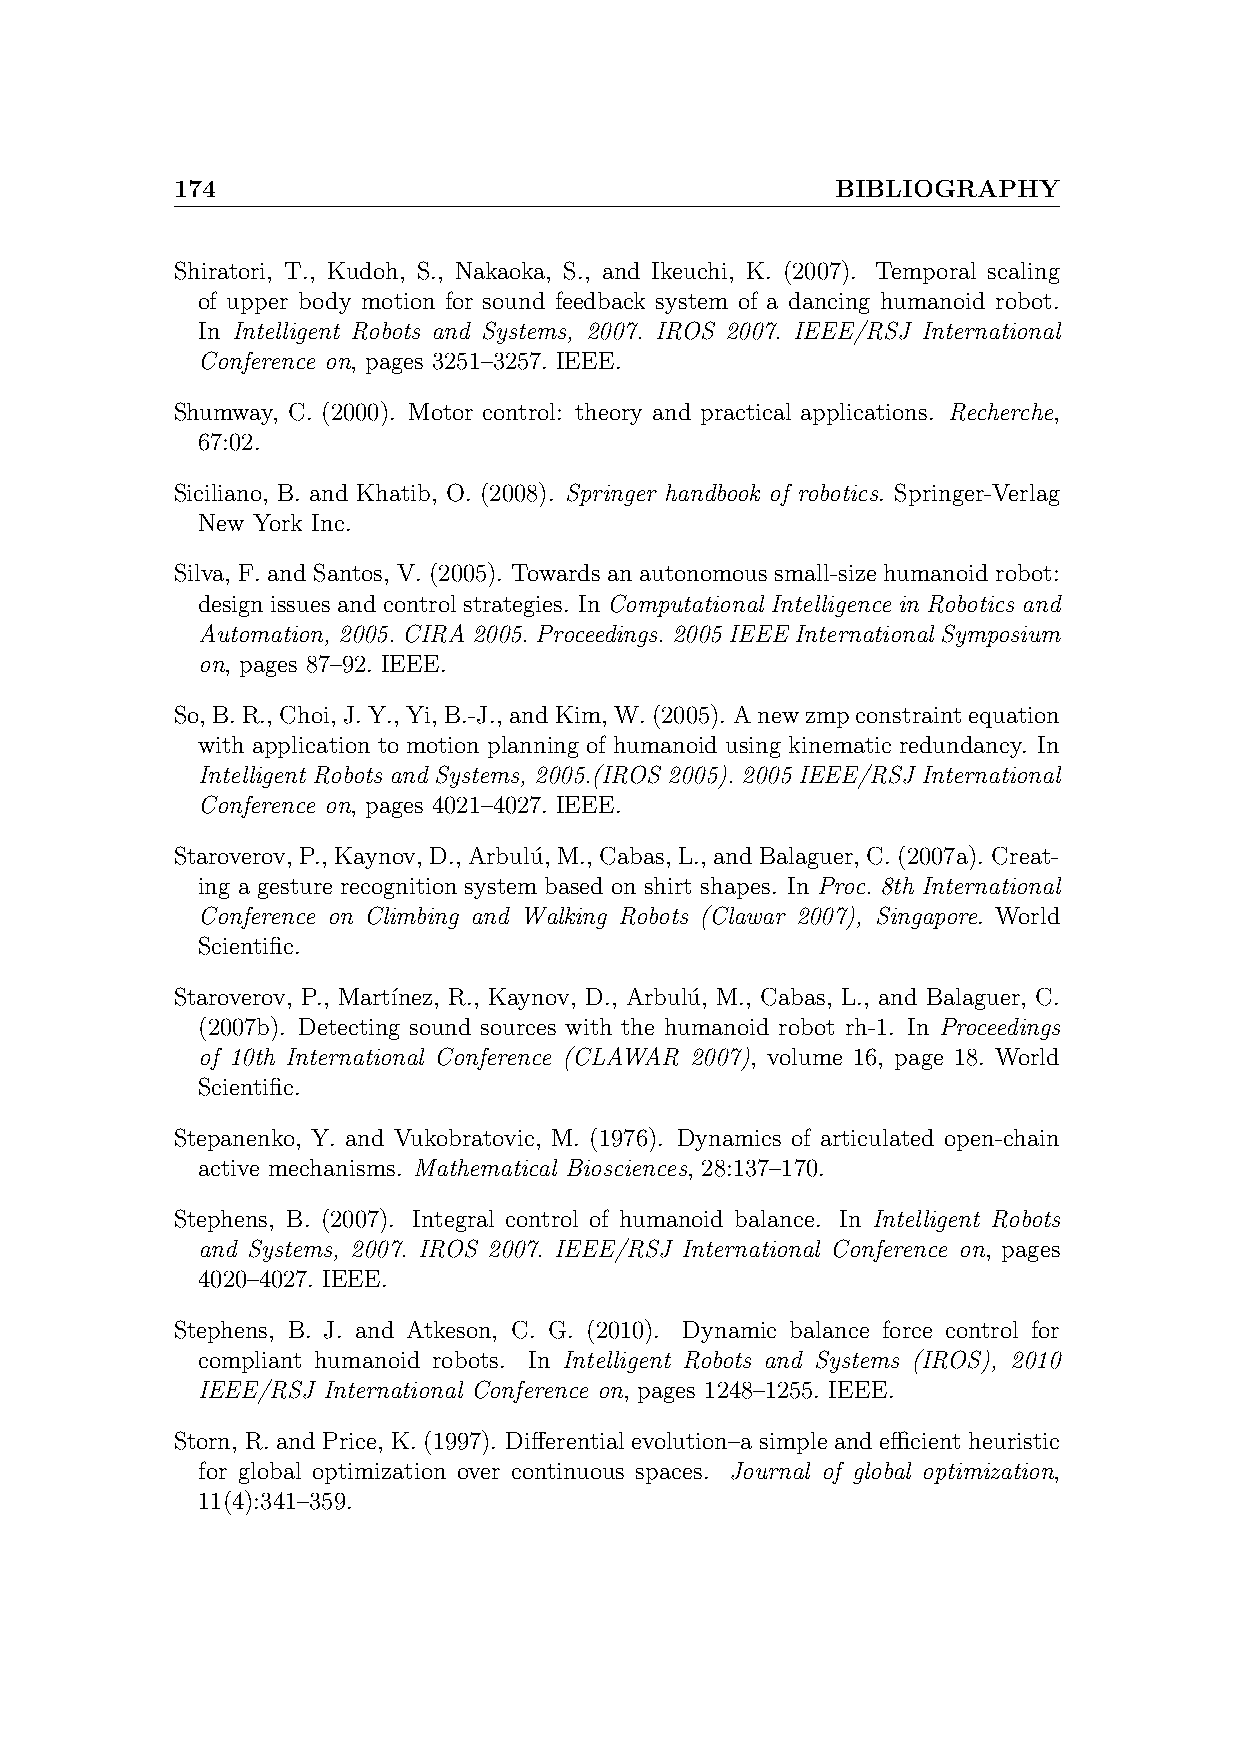
174                                         BIBLIOGRAPHY
 Shiratori, T., Kudoh, S., Nakaoka, S., and Ikeuchi, K. (2007). Temporal scaling
 of upper body motion for sound feedback system of a dancing humanoid robot.
 In Intelligent Robots and Systems, 2007. IROS 2007. IEEE/RSJ International
 Conference on, pages 3251–3257. IEEE.
 Shumway, C. (2000). Motor control: theory and practical applications. Recherche,
 67:02.
 Siciliano, B. and Khatib, O. (2008). Springer handbook of robotics. Springer-Verlag
 New York Inc.
 Silva, F. and Santos, V. (2005). Towards an autonomous small-size humanoid robot:
 design issues and control strategies. In Computational Intelligence in Robotics and
 Automation, 2005. CIRA 2005. Proceedings. 2005 IEEE International Symposium
 on, pages 87–92. IEEE.
 So, B.R., Choi, J.Y., Yi, B.-J., andKim, W.(2005). Anewzmpconstraintequation
 with application to motion planning of humanoid using kinematic redundancy. In
 Intelligent Robots and Systems, 2005.(IROS 2005). 2005 IEEE/RSJ International
 Conference on, pages 4021–4027. IEEE.
 Staroverov, P., Kaynov, D., Arbulu´, M., Cabas, L., andBalaguer, C.(2007a). Creat-
 ing a gesture recognition system based on shirt shapes. In Proc. 8th International
 Conference on Climbing and Walking Robots (Clawar 2007), Singapore. World
 Scientific.
 Staroverov, P., Mart´ınez, R., Kaynov, D., Arbulu´, M., Cabas, L., and Balaguer, C.
 (2007b). Detecting sound sources with the humanoid robot rh-1. In Proceedings
 of 10th International Conference (CLAWAR 2007), volume 16, page 18. World
 Scientific.
 Stepanenko, Y. and Vukobratovic, M. (1976). Dynamics of articulated open-chain
 active mechanisms. Mathematical Biosciences, 28:137–170.
 Stephens, B. (2007). Integral control of humanoid balance. In Intelligent Robots
 and Systems, 2007. IROS 2007. IEEE/RSJ International Conference on, pages
 4020–4027. IEEE.
 Stephens, B. J. and Atkeson, C. G. (2010). Dynamic balance force control for
 compliant humanoid robots. In Intelligent Robots and Systems (IROS), 2010
 IEEE/RSJ International Conference on, pages 1248–1255. IEEE.
 Storn, R. and Price, K. (1997). Differential evolution–a simple and efficient heuristic
 for global optimization over continuous spaces. Journal of global optimization,
 11(4):341–359.